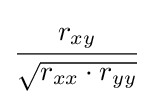
{\cfrac {r_{xy}}{\sqrt {r_{xx}\cdot r_{yy}}}}